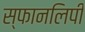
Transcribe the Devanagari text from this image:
स्फानलिपी